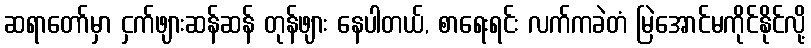
ဆရာတော်မှာ ငှက်ဖျားဆန်ဆန် တုန်ဖျား နေပါတယ်, စာရေးရင်း လက်ကခဲတံ မြဲအောင်မကိုင်နိုင်လို့